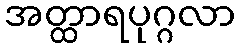
အတ္ထာရပုဂ္ဂလာ